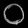
Digit: ၀